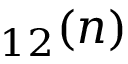
_ { 1 2 } ( n )